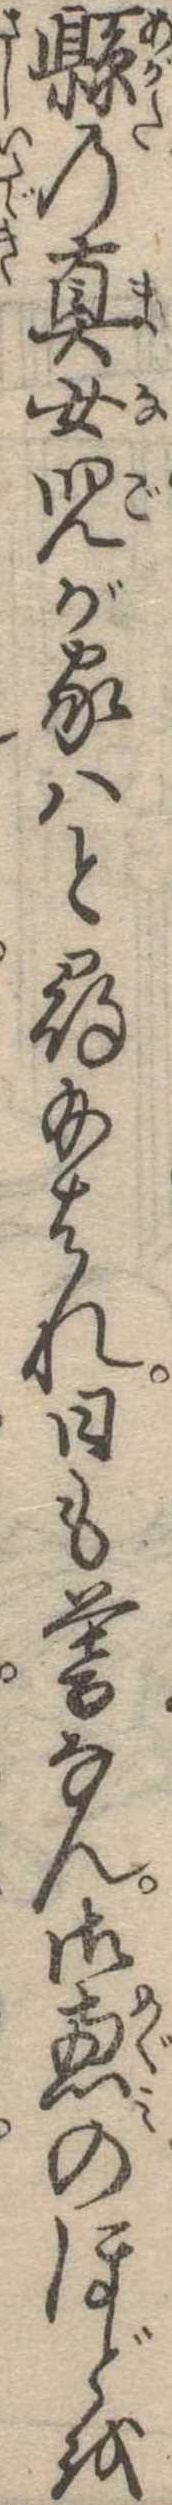
県の真女児が家はと尋給はれ日も暮なん御恵のほどを